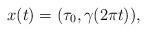
LaTeX: \begin{align*}x(t) = (\tau_0, \gamma(2\pi t)),\end{align*}